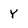
Character: Y